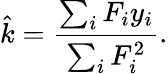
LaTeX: {\hat{k}}={\frac{\sum_{i}F_{i}y_{i}}{\sum_{i}F_{i}^{2}}}.